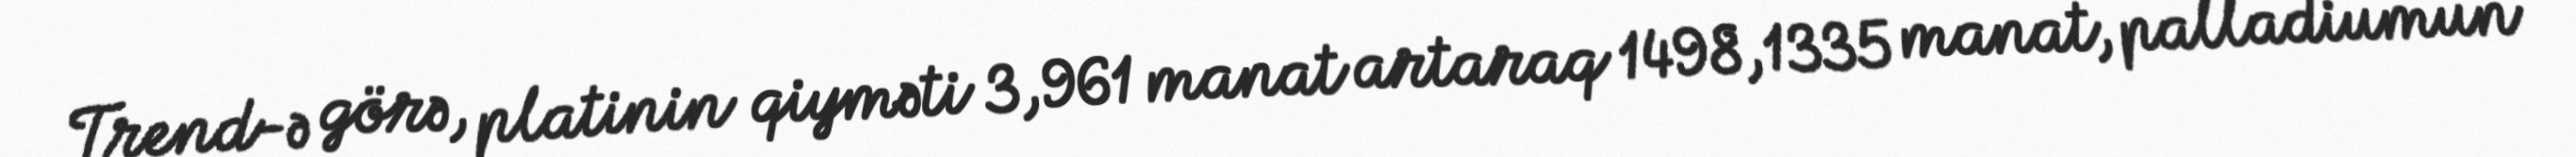
Trend-ə görə, platinin qiyməti 3,961 manat artaraq 1498,1335 manat, palladiumun